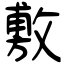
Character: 敷